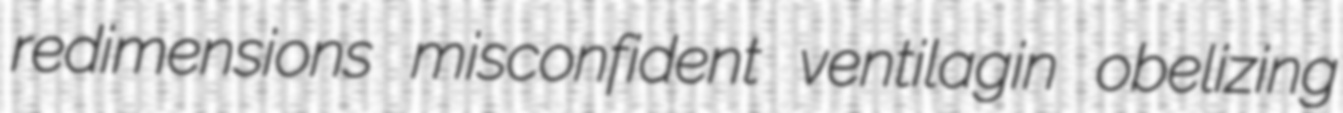
redimensions misconfident ventilagin obelizing